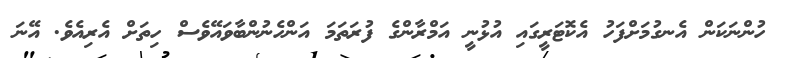
ހުންނަކަން އެނގުމަށްފަހު އެކޮޓަރީގައި އުޅުނީ އަމްރާންގެ ފުރަތަމަ އަންހެނުންބާވައޭވެސް ހިތަށް އެރިއެވެ. އޭނަ